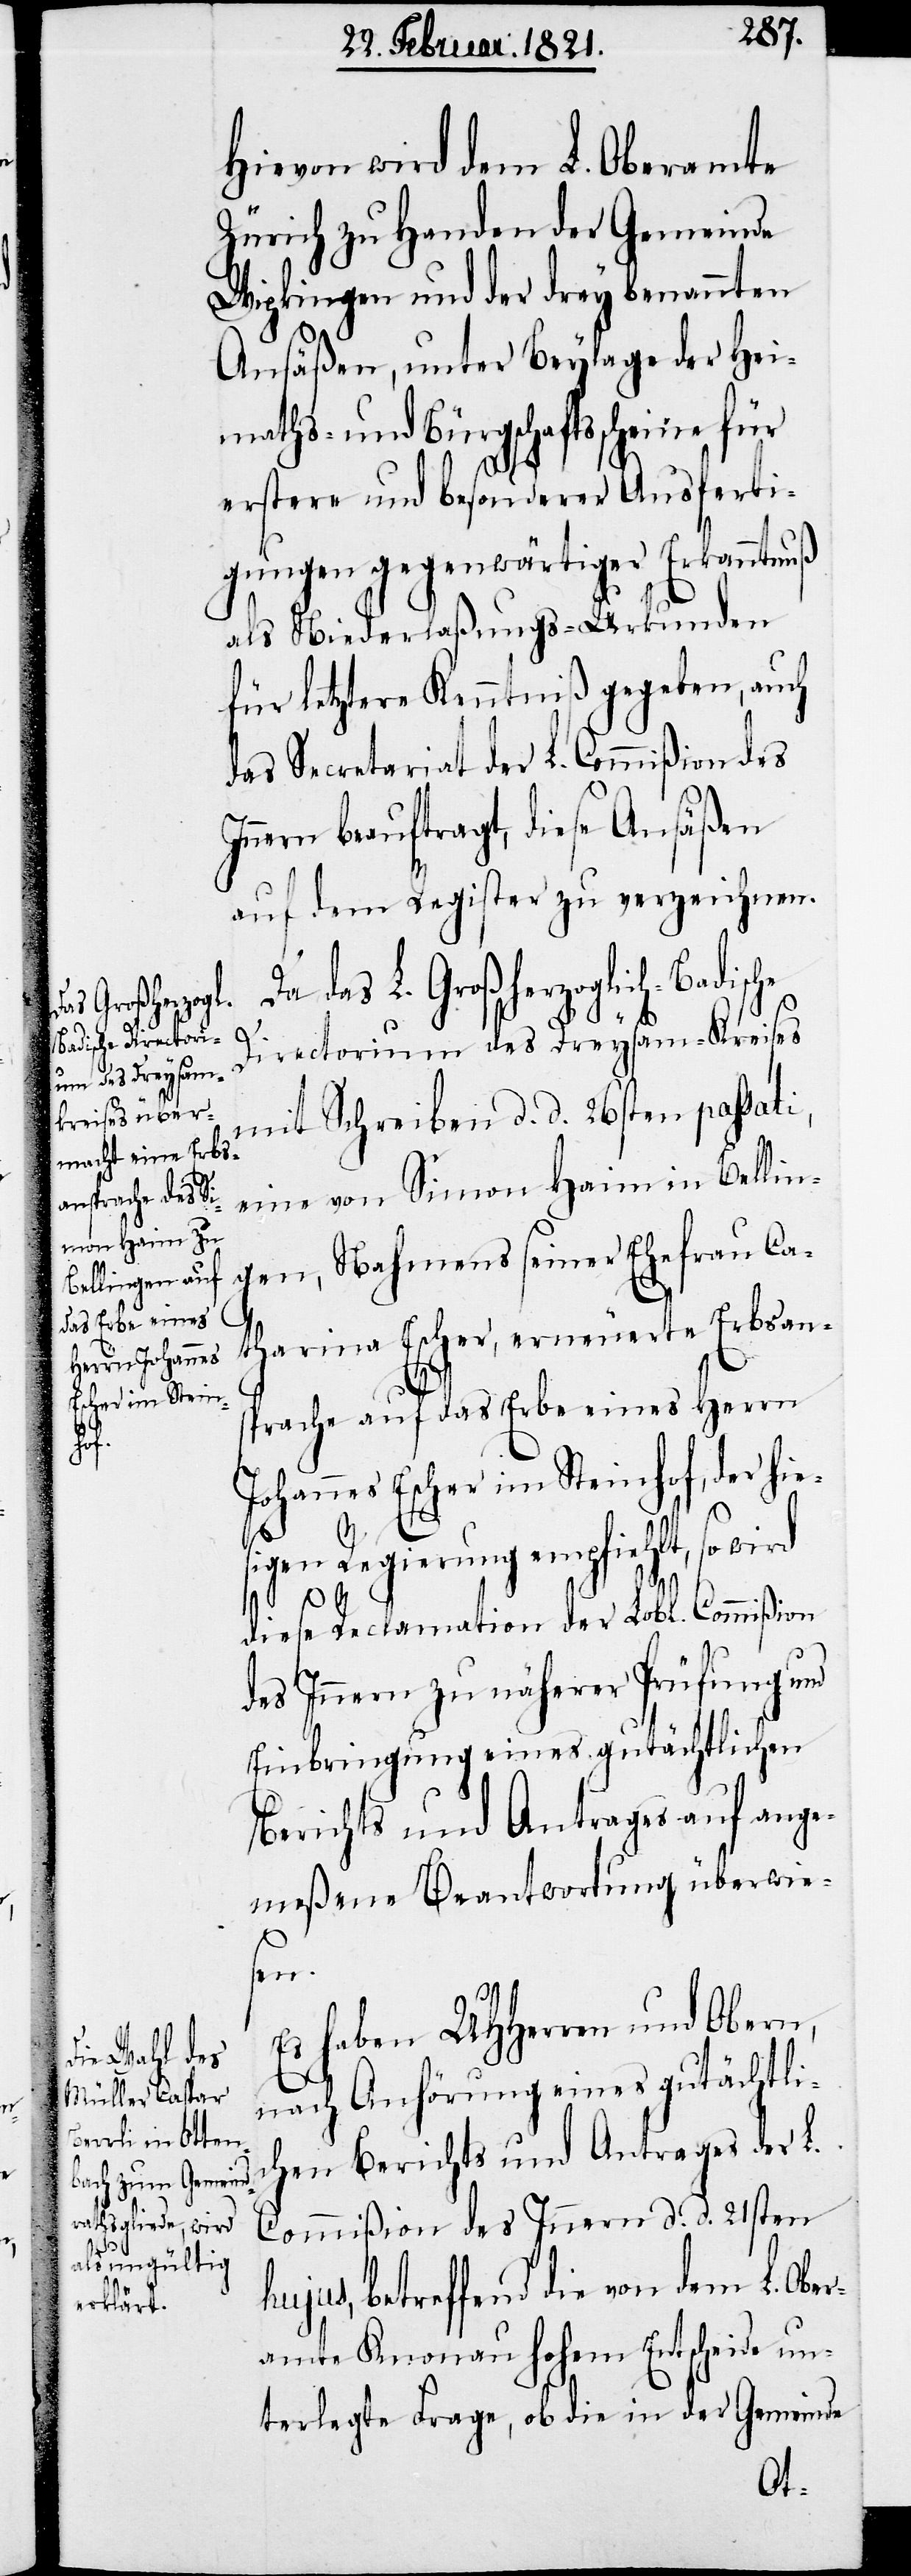
Betrieb einer
Her¬

Hievon wird dem L. Oberamte
Zürich zu Handen der Gemeinde
Wipkingen und der drey benannten
Ansäßen, unter Beylage der Hei¬
maths- und Bürgschaftsscheine für
erstere und besonderer Ausferti¬
gungen gegenwärtiger Erkanntnuß
als Niederlaßungs-Urkunden
für letztere Kenntniß gegeben, auch
das Secretariat der L. Commißion des
Innern beauftragt, diese Ansäßen
auf dem Register zu verzeichnen.
Da das L. Großherzoglich-Badische
Directorium des Dreysam-Kreises
mit Schreiben d. d. 26sten passati,
eine von Simon Haim in Bellin¬
gen, Nahmens seiner Ehefrau Ca¬
tharina Escher, erneuerte Erbsan¬
sprache auf das Erbe eines Herrn
Johannes Escher im Steinhof, der hi¬
L.
sigen Regierung empfiehlt, so
diese Reclamation der Lobl. Commißion
des Innern zu näherer Prüfung und
Einbringung eines gutächtlichen
Berichts und Antrages auf ange¬
meßene Beantwortung überwie¬
sen.
Es haben UHHerren und Obern,
nach Anhörung eines gutächtli¬
chen Berichts und Antrages der L.
Commißion des Innern d. d. 21sten
hujus, betreffend die von dem L. Ober¬
amte Knonau hohem Entscheide un¬
terlegte Frage, ob die in der Gemeinde